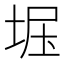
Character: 𫭺